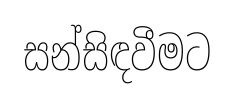
සන්සිඳවීමට